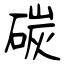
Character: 碳